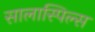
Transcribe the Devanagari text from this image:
सालास्पिल्स